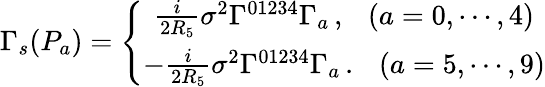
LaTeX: \Gamma_{s}(P_{a})=\left\{ \begin{array}{c}{{\frac{i}{2R_{5}}\sigma^{2}\Gamma^{01234}\Gamma_{a}\, ,\ \ \ (a=0,\cdots,4)}}\\ {{-\frac{i}{2R_{5}}\sigma^{2}\Gamma^{01234}\Gamma_{a}\, .\ \ \ (a=5,\cdots,9)}}\end{array}\right.